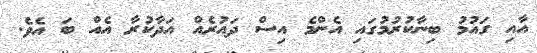
އާއި ގައުމު ބިނާކުރުމުގައި އެންމެ އިސް ދައުރެއް އަދާކުރާ އެއް ބަ އެވެ.